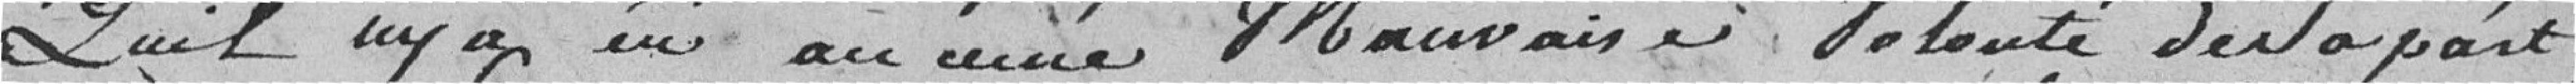
Qu'il n'y a eû aucune Mauvaise Volonté de Sa part,